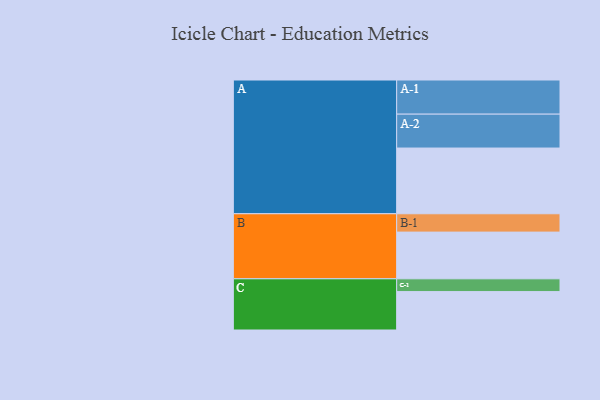
{"axis": {"x": "Segment", "y": "Value"}, "legend": ["", "A", "B", "C"], "data": [{"x": "A", "y": 570, "type": ""}, {"x": "B", "y": 405, "type": ""}, {"x": "C", "y": 333, "type": ""}, {"x": "A-1", "y": 296, "type": "A"}, {"x": "A-2", "y": 294, "type": "A"}, {"x": "B-1", "y": 159, "type": "B"}, {"x": "C-1", "y": 111, "type": "C"}]}